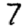
Digit: 7